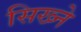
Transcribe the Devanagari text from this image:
सिख्ने